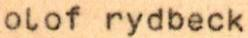
olof rydbeck